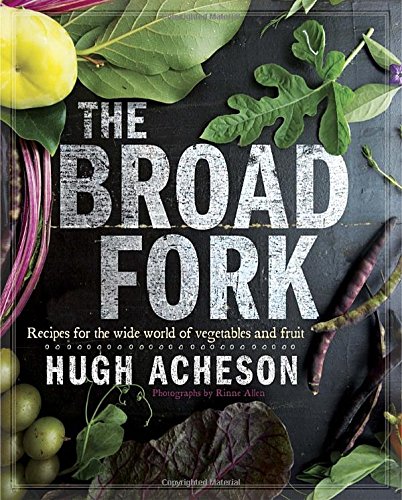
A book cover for The Broad Fork: Recipes for the Wide World of Vegetables and Fruits; Hugh Acheson; Cookbooks, Food & Wine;